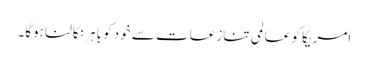
امریکا کو عالمی تنازعات سے خود کو باہر نکالنا ہوگا۔